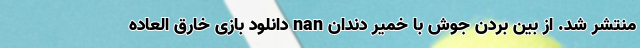
منتشر شد. از بین بردن جوش با خمیر دندان nan دانلود بازی خارق العاده